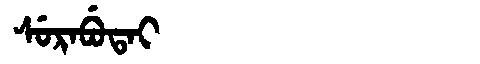
Manchu: ᠰᡠᡵᠠᠪᡠᡨᠠᡳ
Romanization: SURABUTAI